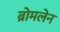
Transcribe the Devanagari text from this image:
ब्रोमलेन